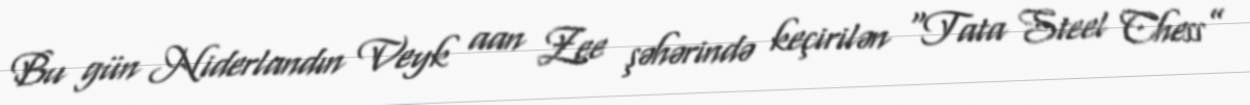
Bu gün Niderlandın Veyk aan Zee şəhərində keçirilən “Tata Steel Chess”